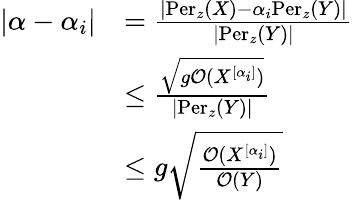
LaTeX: \begin{array}{rl}{|\alpha-\alpha_{i}|}&{=\frac{|\mathrm{Per}_{z}(X)-\alpha_{i}\mathrm{Per}_{z}(Y)|}{|\mathrm{Per}_{z}(Y)|}}\\ &{\leq\frac{\sqrt{g\mathcal{O}(X^{[\alpha_{i}]})}}{|\mathrm{Per}_{z}(Y)|}}\\ &{\leq g\sqrt{\frac{\mathcal{O}(X^{[\alpha_{i}]})}{\mathcal{O}(Y)}}}\end{array}